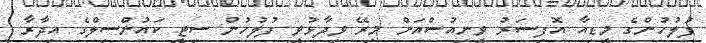
ފުލުހުންގެ މީޑިއާ އޮފިސަރު ވީނިއުސްއަށް މިރޭ ވިދާޅުވީ ފުލުހުން ސިޓީ ކައުންސިލްގެ އިދާރާ